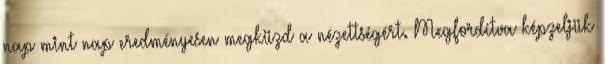
nap mint nap eredményesen megküzd a nézettségért. Megfordítva képzeljük